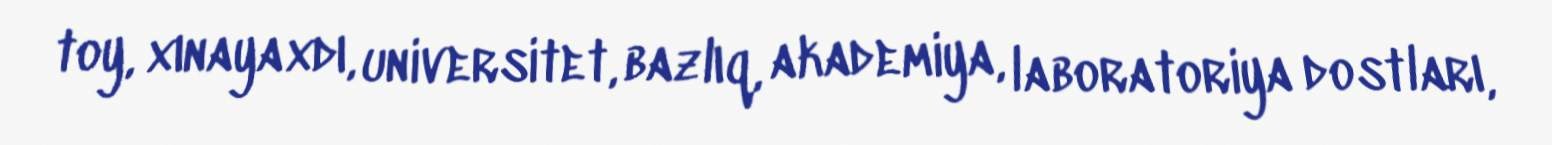
toy, xınayaxdı, universitet, bazlıq, akademiya, laboratoriya dostları,